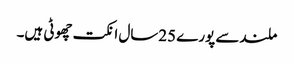
ملندسے پورے 25سال انکت چھوٹی ہیں۔